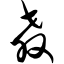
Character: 教